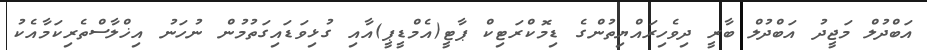
އަބްދުލް މަޖީދު އަބްދުލް ބާރީ ދިވެހިރައްޔިތުންގެ ޑިމޮކްރަޓިކް ޕާޓީ(އެމްޑީޕީ)އާއި ގުޅިވަޑައިގަތުމުން ނުހަނު އިޚްލާސްތެރިކަމާއެކު